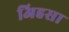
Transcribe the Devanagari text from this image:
अिहसा